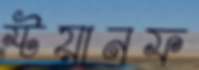
স্টয়ানফ